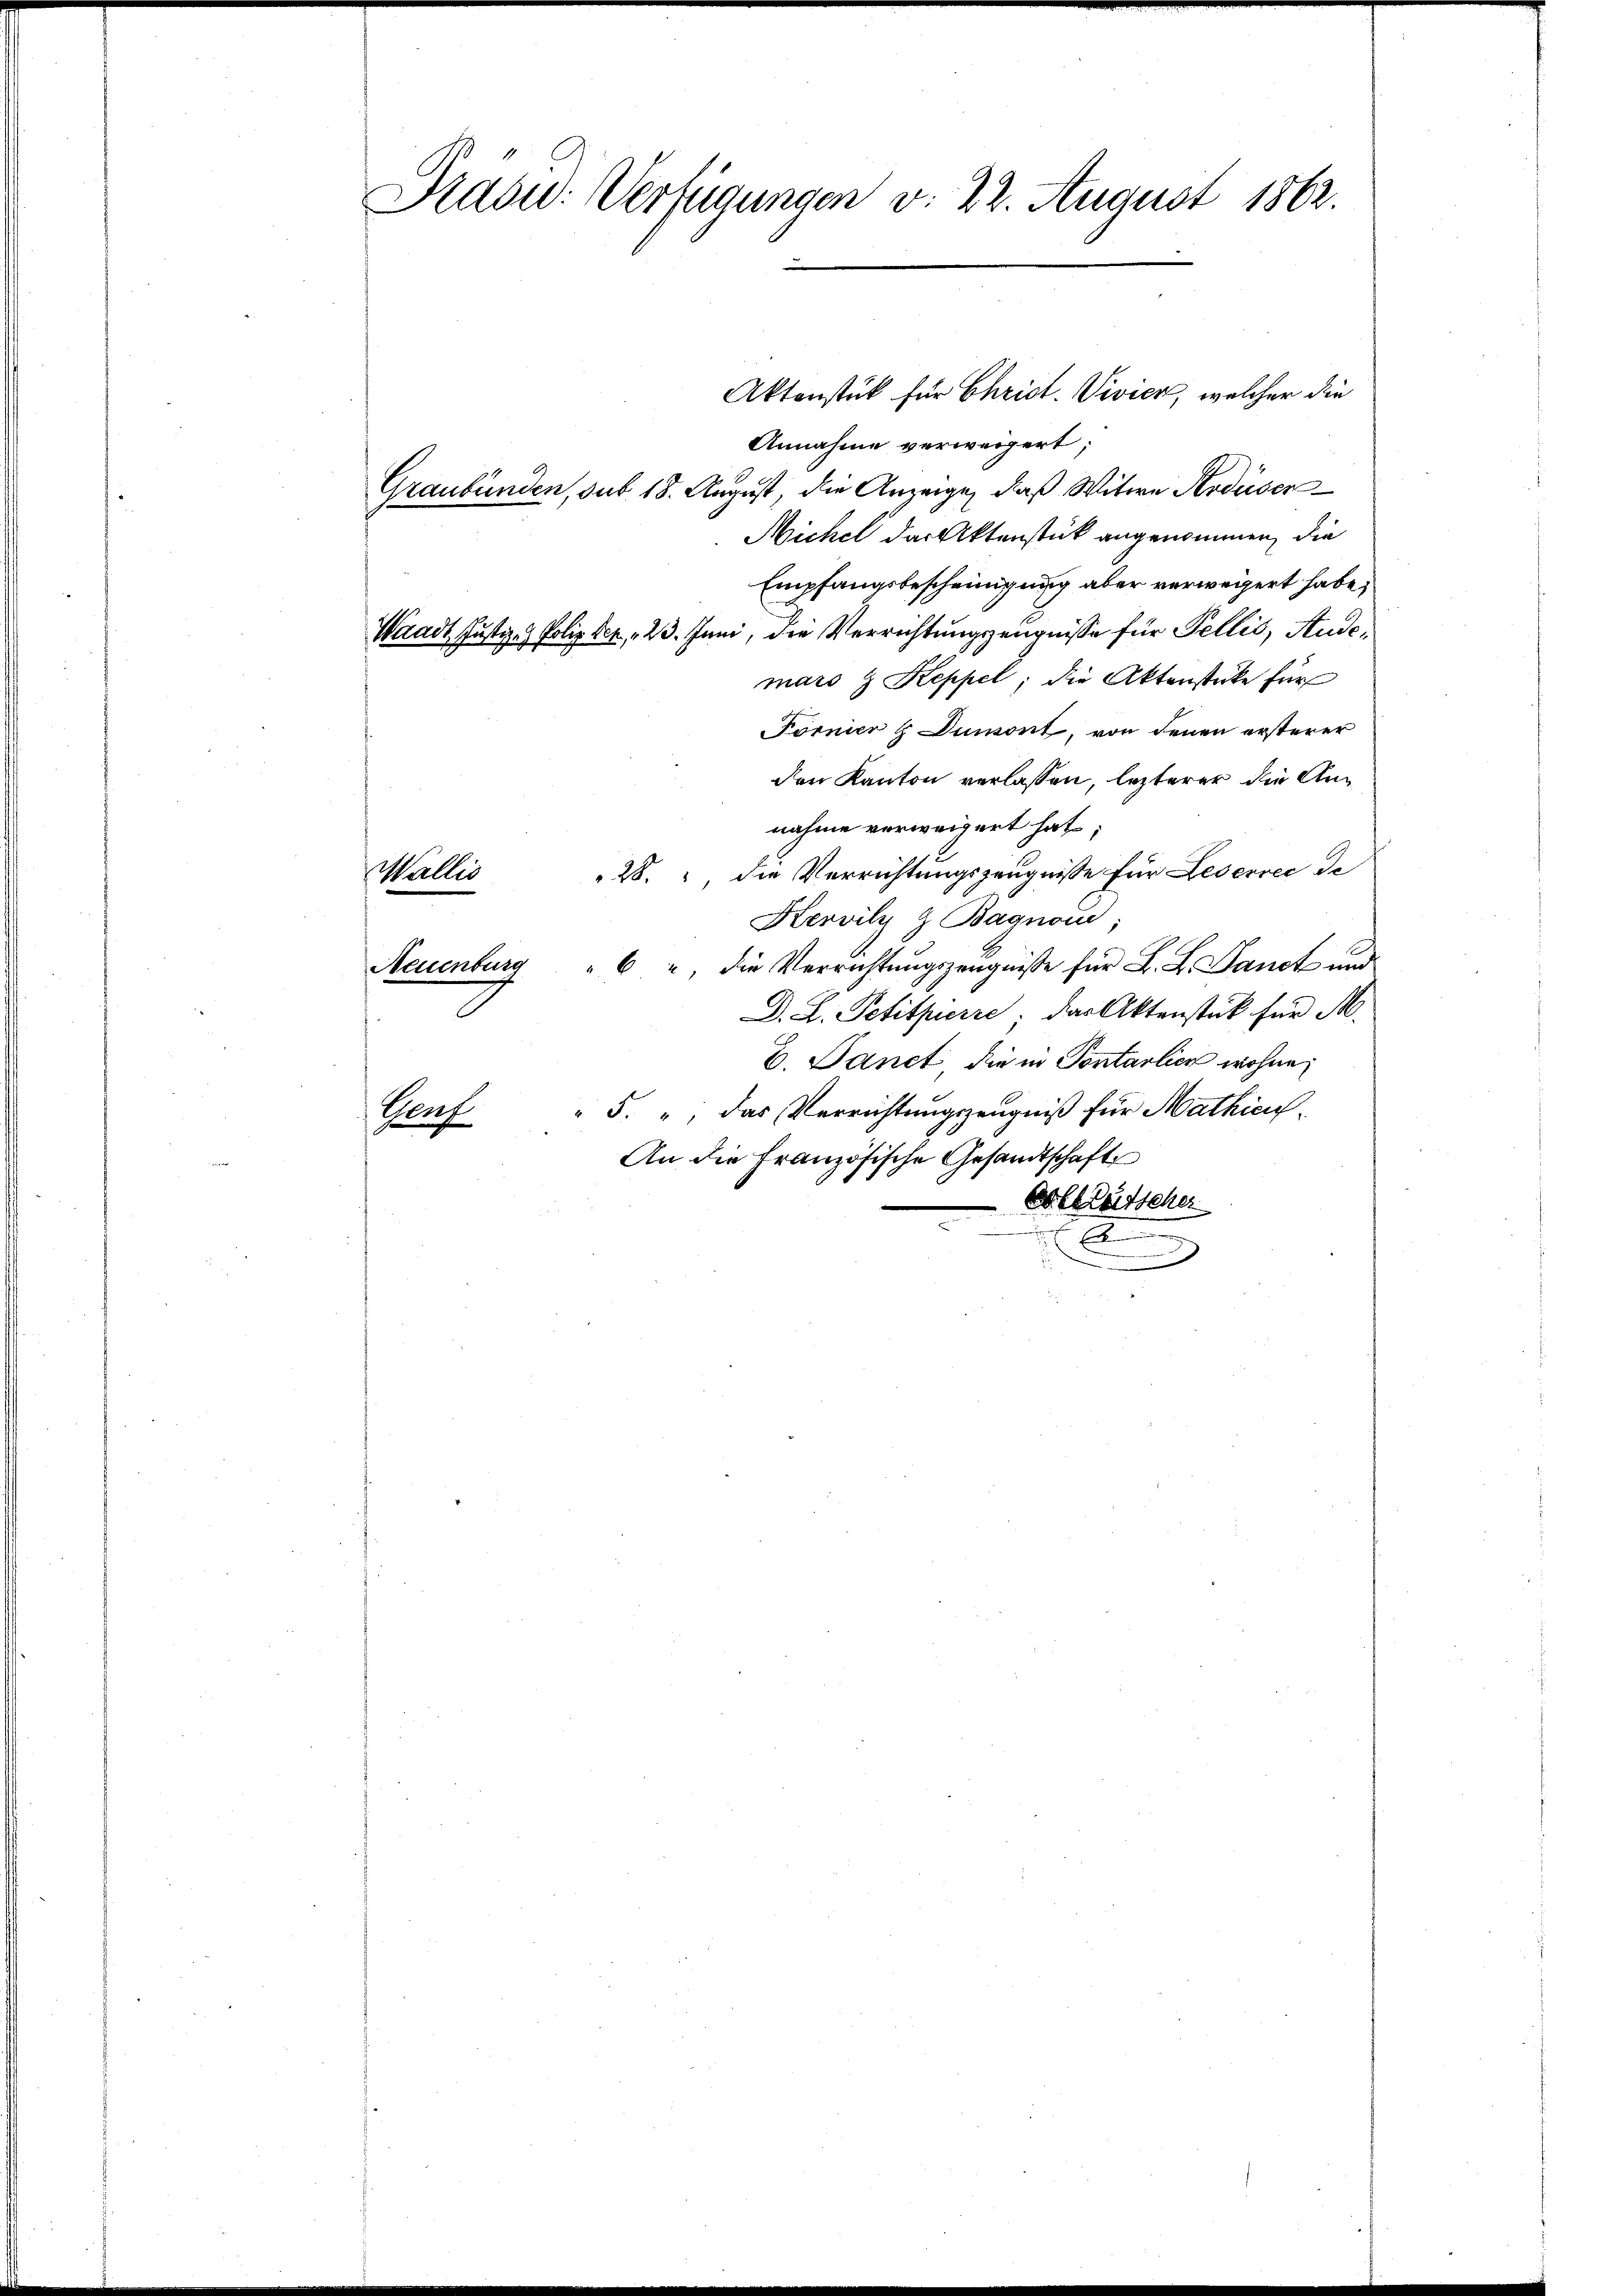
Präsid. Verfügungen v. 22. August 1862.

Annahme verweigert;
Graubünden, sub. 18. August, die Anzeige, daß Witwe Kerdüser
Michel das Aktenstück angenommen, die
Empfangsbescheinigung aber verweigert habe;
Waadt Justiz- & Poliz der 23. Juni, die Verrichtungszeugnisse für Pellis, Andemars & Keppel, die Aktenstücke für
Fornier & Dumont, von denen ersterer
den Kanton verlassen, lezterer die Annahme verweigert hat;
28. die Verrichtungszeugnisse für Leservec de
Wallis
Hervilz & Bagnoin;
Neuenburg " " die Verrichtŭngszeugnisse für L. L. Sanct und
D. L. Petitpierre. Das Aktenstück für M.
B. Sanct die in Pontarlier wohne
" 5. „ das Verrichtungszeugniß für Mathieu¬
Herf
An die Französische Gesandtschaft
Er leitscher

.

Aktenstück für Christ. Vivier, welcher die